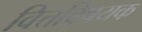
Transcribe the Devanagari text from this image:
वित्तविषयक